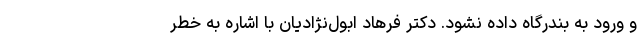
و ورود به بندرگاه داده نشود. دکتر فرهاد ابول‌نژادیان با اشاره به خطر